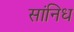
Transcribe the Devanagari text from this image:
सांनिध